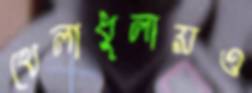
খেলাধুলায়ও